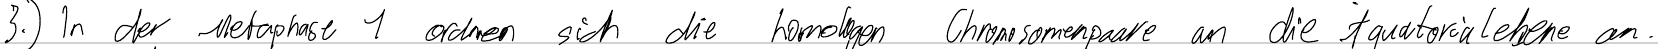
3.) In der Metaphase 1 ordnen sich die homologen Chromosomenpaare an die Äquatorialebene an.